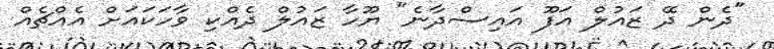
"ދެން ދޭ ޒައުލް އަފޫ އައިސްދާނެ" ޔޫހާ ޒައުލް ދެއްކި ވާހަކައަށް އެއްޗެއް